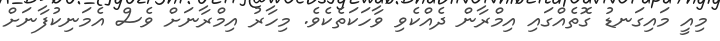
މިއީ މައިގަނޑު ގޮތެއްގައި އިމްރާން ދެއްކެވި ވާހަކަތެކެވެ. މިހާރު އިމްރާނަށް ވެސް އެމަނިކުފާނަށް